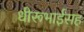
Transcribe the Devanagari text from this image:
धीरूभाईंसह